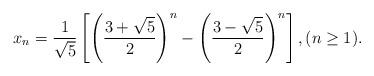
LaTeX: \begin{align*}x_n=\frac{1}{\sqrt{5}}\left[ \left( \frac{3+\sqrt{5}}{2}\right)^n - \left(\frac{3-\sqrt{5}}{2} \right)^n\right], (n\geq 1).\end{align*}